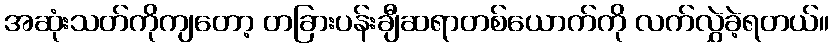
အဆုံးသတ်ကိုကျတော့ တခြားပန်းချီဆရာတစ်ယောက်ကို လက်လွှဲခဲ့ရတယ်။